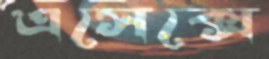
এসেক্সে